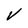
Character: V